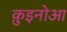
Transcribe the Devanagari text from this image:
क़ुइनोआ